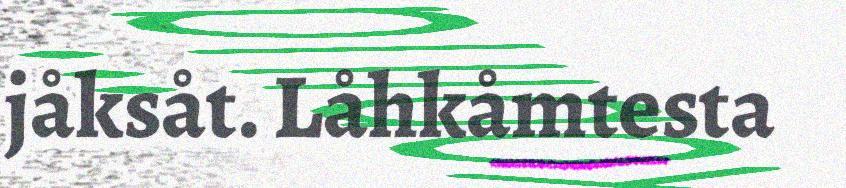
jåksåt. Låhkåmtesta